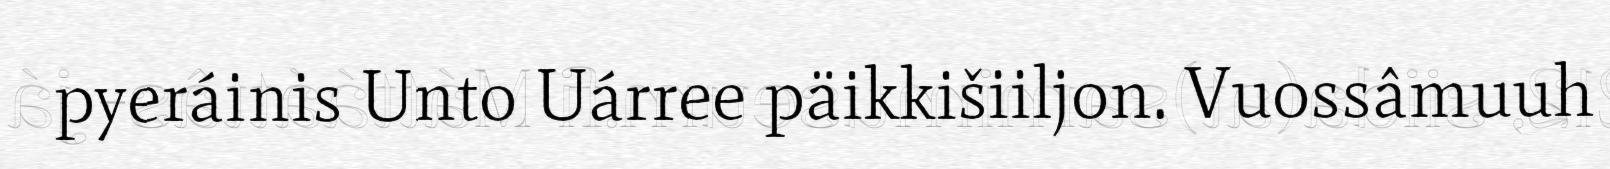
pyeráinis Unto Uárree päikkišiiljon. Vuossâmuuh